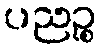
ပညဉ္စ